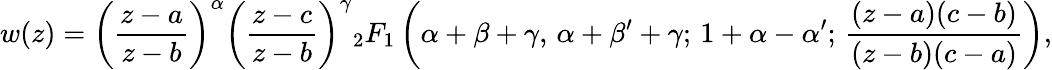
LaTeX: w(z)=\left({\frac{z-a}{z-b}}\right)^{\alpha}\left({\frac{z-c}{z-b}}\right)^{\gamma}{}_{2}F_{1}\left(\alpha+\beta+\gamma,\, \alpha+\beta^{\prime}+\gamma;\, 1+\alpha-\alpha^{\prime};\, {\frac{(z-a)(c-b)}{(z-b)(c-a)}}\right),